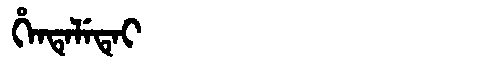
Manchu: ᡥᡝᠨᡨᡝᠯᡝᡨᡝᡳ
Romanization: HENTELETEI